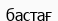
бастағ